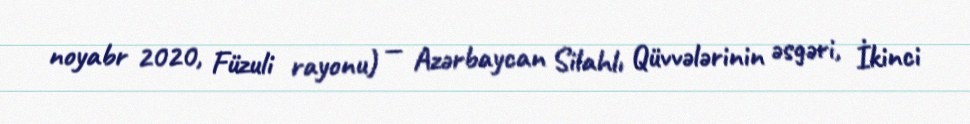
noyabr 2020, Füzuli rayonu) — Azərbaycan Silahlı Qüvvələrinin əsgəri, İkinci